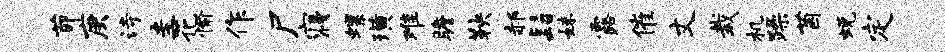
茆庚诗圭花愉作尸寝螺璜难瞻鞅郝髫妹露催丈栽机躁茵蜕定